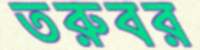
তরুবর